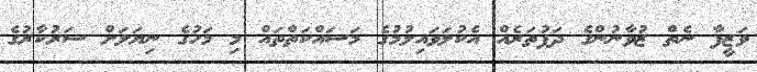
ވަޒީފާ ނެތް ޒުވާނުންގެ ދަފުތަރެއް އެކުލަވައިލުމުގެ މަސައްކަތްތައް މި މަހުގެ ނިޔަލަށް ސަރުކާރުގެ